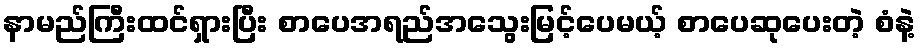
နာမည်ကြီးထင်ရှားပြီး စာပေအရည်အသွေးမြင့်ပေမယ့် စာပေဆုပေးတဲ့ စံနဲ့